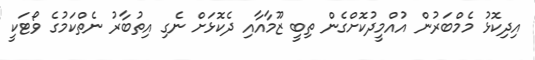
އިދިކޮޅު މެމްބަރުން އުއްމީދުކޮށްގެން ތިބީ ޒޫމާއާއި ދެކޮޅަށް ނެގި އިތުބާރު ނެތްކަމުގެ ވޯޓަކީ